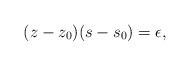
LaTeX: \begin{align*}(z-z_0)(s-s_0)=\epsilon, \end{align*}